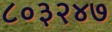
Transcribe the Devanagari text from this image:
८०३२४७